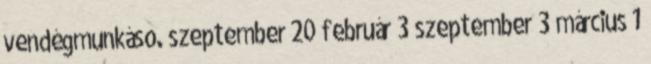
vendégmunkáso. szeptember 20 február 3 szeptember 3 március 1